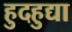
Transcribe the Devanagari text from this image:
हुदहुद्या